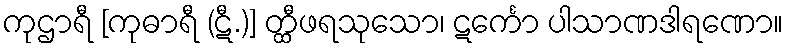
ကုဌာရီ [ကုဓာရီ (ဋီ.)] တ္ထီဖရသုသော၊ ဋင်္ကော ပါသာဏဒါရဏော။